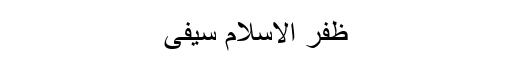
ظفر الاسلام سیفی